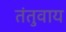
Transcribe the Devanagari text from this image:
तंतुवाय